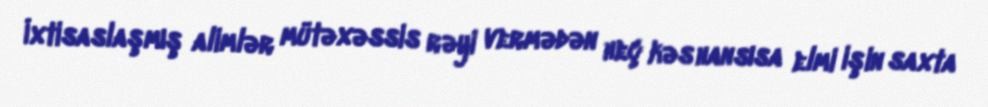
İxtisaslaşmış alimlər mütəxəssis rəyi vermədən heç kəs hansısa elmi işin saxta